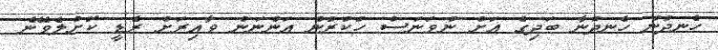
ހެނދުނު ހެނދުނާ ބަދިގެ އަށް ނުވަނަސް ހުކުރުން އަންނަން ވާއިރަށް ރެޑީ ކޮށްލެވޭނެ